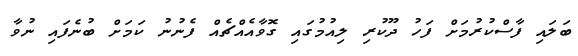
ބަލައި ފާސްކުރުމަށް ފަހު ދޫކުރި ލިއުމުގައި ގޮވާއެއްޗެއް ފެނުނު ކަމަށް ބުނެފައި ނުވާ